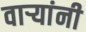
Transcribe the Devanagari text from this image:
वाऱ्यांनी